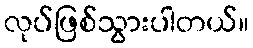
လုပ်ဖြစ်သွားပါတယ်။